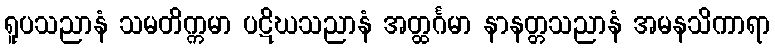
ရူပသညာနံ သမတိက္ကမာ ပဋိဃသညာနံ အတ္ထင်္ဂမာ နာနတ္တသညာနံ အမနသိကာရာ